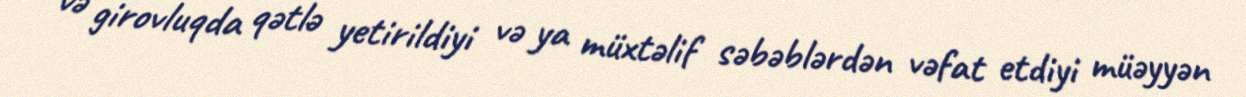
və girovluqda qətlə yetirildiyi və ya müxtəlif səbəblərdən vəfat etdiyi müəyyən